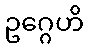
ဥဂ္ဂေဟိ